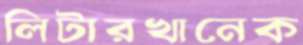
লিটারখানেক